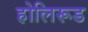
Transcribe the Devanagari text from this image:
होलिरूड